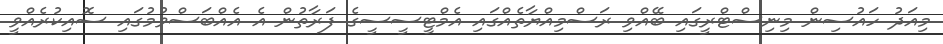
މިއަދު ހައުސިން މިނިސްޓްރީގައި ބޭއްވި ރަސްމިއްޔާތެއްގައި އެމްޓީސީސީގެ ފަރާތުން އެ އެއްބަސްވުމުގައި ސޮއިކުރެއްވީ